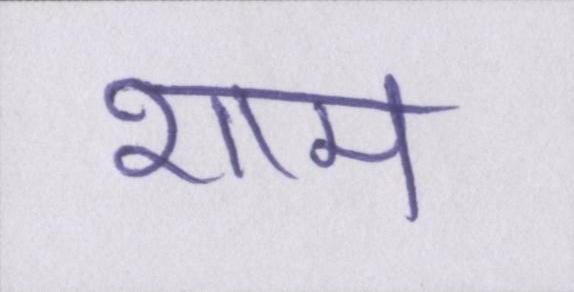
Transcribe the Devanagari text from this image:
शाम